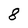
Character: 8